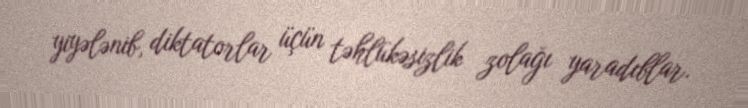
yiyələnib, diktatorlar üçün təhlükəsizlik zolağı yaradıblar.